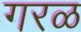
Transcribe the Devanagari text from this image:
गरळ